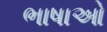
ભાષાઓ